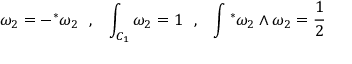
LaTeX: \omega _ { 2 } = - { } ^ { * } \omega _ { 2 } ~ ~ , ~ ~ \int _ { { \cal C } _ { 1 } } \omega _ { 2 } = 1 ~ ~ , ~ ~ \int { } ^ { * } \omega _ { 2 } \wedge \omega _ { 2 } = \frac { 1 } { 2 }